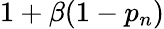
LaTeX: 1+\beta(1-p_{n})